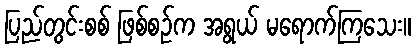
ပြည်တွင်းစစ် ဖြစ်စဉ်က အရွယ် မရောက်ကြသေး။